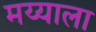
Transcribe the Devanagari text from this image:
मय्याला